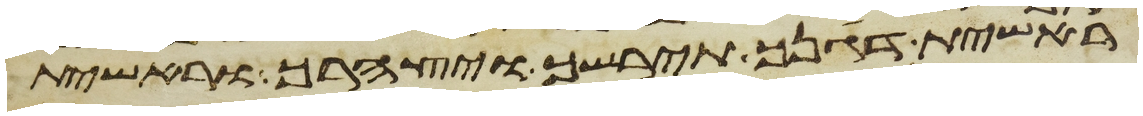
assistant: ראשית דגנך תירשך ויצהרך וראשית